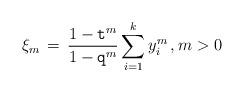
LaTeX: \begin{align*} \xi_{ m}\,=\,\frac {1-\texttt{t}^m}{1-\texttt{q}^m}\sum_{i=1}^k y_i^m\,, m>0\end{align*}